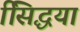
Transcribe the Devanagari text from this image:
सििद्धयां